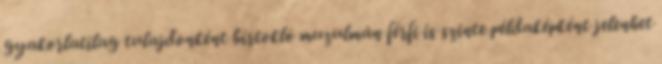
gyakorlatilag tulajdonként bírtokló muzulmán férfi is szinte példaképként jelenhet